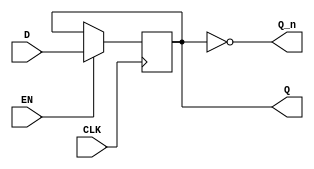
module EdgeTriggeredGatedLatch (
    input wire D,     // Data input
    input wire CLK,   // Clock input
    input wire EN,    // Enable input
    output reg Q,     // Output Q
    output wire Q_n   // Complement of Q (Q)
);

// Assign the complement output
assign Q_n = ~Q;

// Always block to implement the gated latch behavior
always @(posedge CLK) begin
    if (EN) begin
        Q <= D; // Capture the value of D on the rising edge of CLK if EN is high
    end
    // If EN is low, Q retains its previous value (no change)
end

endmodule